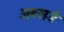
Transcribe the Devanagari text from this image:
अब्सर्ड